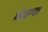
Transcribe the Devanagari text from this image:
मेजप्पा